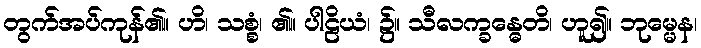
တွက်အပ်ကုန်၏။ ဟိ၊ သစ္စံ၊ ၏။ ပါဠိယံ၊ ၌။ သီလက္ခန္ဓေတိ၊ ဟူ၍။ ဘုမ္မေန၊